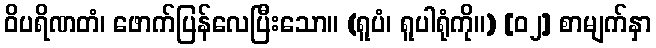
ဝိပရိဏတံ၊ ဖောက်ပြန်လေပြီးသော။ (ရူပံ၊ ရူပါရုံကို။) [၀၂] စာမျက်နှာ